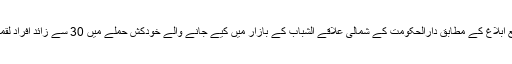
غیر ملکی ذرائع ابلاغ کے مطابق دارالحکومت کے شمالی علاقے الشباب کے بازار میں کیے جانے والے خودکش حملے میں 30 سے زائد افراد لقمہ اجل بن گئے۔